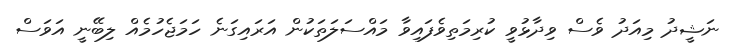
ނަޝީދު މިއަދު ވެސް ވިދާޅުވީ ކުރިމަތިވެފައިވާ މައްސަލަތަކުން އަރައިގަނެ ހަމަޖެހުމެއް ލިބޭނީ އަވަސް